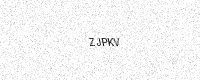
Text: ZJPKV